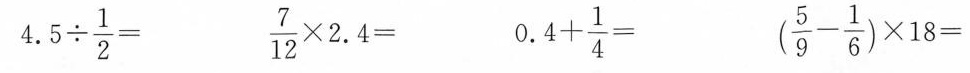
$$4 . 5 \div \frac { 1 } { 2 } =$$ $$\frac { 7 } { 1 2 } \times 2 . 4 =$$ $$0 . 4 + \frac { 1 } { 4 } =$$ $$( \frac { 5 } { 9 } - \frac { 1 } { 6 } ) \times 1 8 =$$